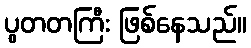
ပွတတကြီး ဖြစ်နေသည်။